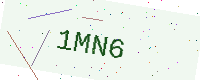
Text: 1MN6